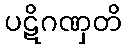
ပဋိဂဏှတိ